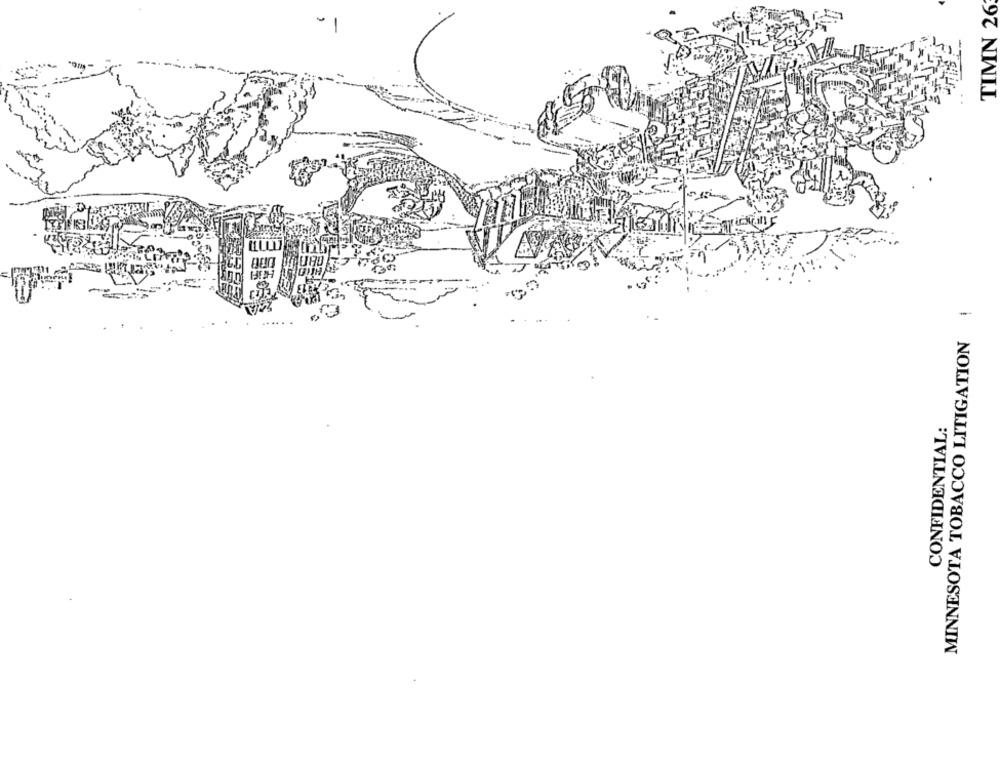
TIMN 26
MINNESOTA TOBACCO LITIGATION !
CONFIDENTIAL: